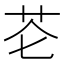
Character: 芲